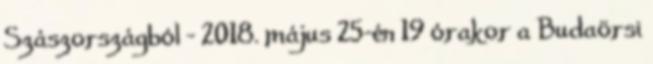
Szászországból – 2018. május 25-én 19 órakor a Budaörsi